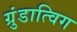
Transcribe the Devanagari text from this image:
ग्रुंडात्विग